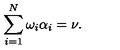
\sum _ { i = 1 } ^ { N } \omega _ { i } \alpha _ { i } = \nu .